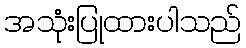
အသုံးပြုထားပါသည်